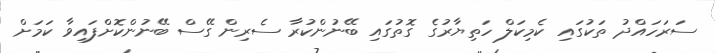
ސަރަހައްދު ތަކުގައި ކެމިކަލް ހަތިޔާރުގެ ގޮތުގައި ބޭނުންކުރާ ސެރިން ގޭސް ބޭނުންކޮށްފައިވާ ކަމަށް